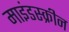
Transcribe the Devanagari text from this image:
माइंडस्क्रीन